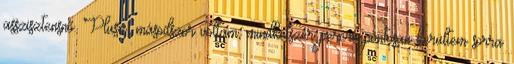
asszisztensnő. Plusz: másodszor voltam, mindkétszer percre pontosan kerültem sorra